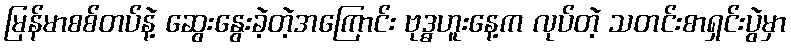
မြန်မာစစ်တပ်နဲ့ ဆွေးနွေးခဲ့တဲ့အကြောင်း ဗုဒ္ဓဟူးနေ့က လုပ်တဲ့ သတင်းစာရှင်းပွဲမှာ